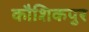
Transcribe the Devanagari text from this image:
कौशिकपुर